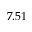
7 . 5 1